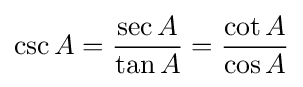
\csc A={\frac {\sec A}{\tan A}}={\frac {\cot A}{\cos A}}